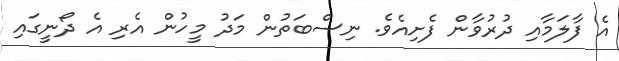
އެ ފާލަމާއި ދުރުވާން ފެށިއެވެ. ނިސްބަތުން މަދު މީހުން އެރި އެ ދޯނީގައި